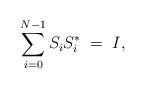
LaTeX: \begin{align*}\sum_{i=0}^{N-1}S_iS_i^{\ast}\;=\;I,\end{align*}